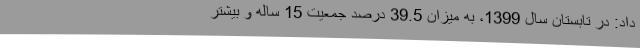
داد: در تابستان سال 1399، به میزان 39.5 درصد جمعیت 15 ساله و بیشتر